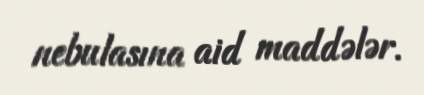
nebulasına aid maddələr.